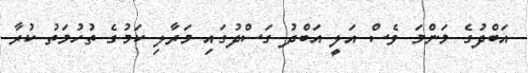
އަބްދުގެ މަންމަ ވެސް އަލީ އަބްދު ގަސްދުގައި މަރާލި ކަމުގެ ތުހުމަތު ކުރާ